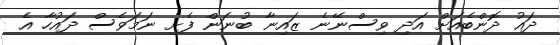
ދައު ދޮންބެއަށް އަދި ވިސްނޭނެ ޒައިނާ ބުނަން ފެށި ނަމަވެސް ދައުހާ އެ